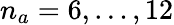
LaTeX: n_{a}=6,\ldots,12